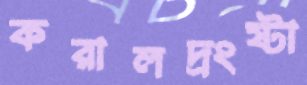
করালদ্রংষ্টা